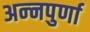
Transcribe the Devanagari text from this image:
अन्‍नपुर्णा